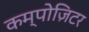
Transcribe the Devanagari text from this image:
कम्पोज़िटर